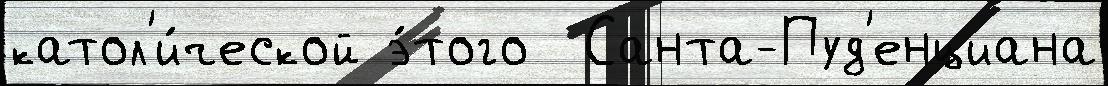
катол'и́ческой э́того  Санта-Пуд'енциана